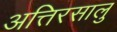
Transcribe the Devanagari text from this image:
अत्तिरसालु